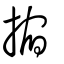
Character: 摍